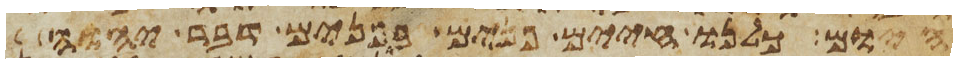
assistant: היום כלנו חיים פנים בפנים דבר יהוה